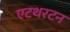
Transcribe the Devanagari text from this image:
एटथरटन